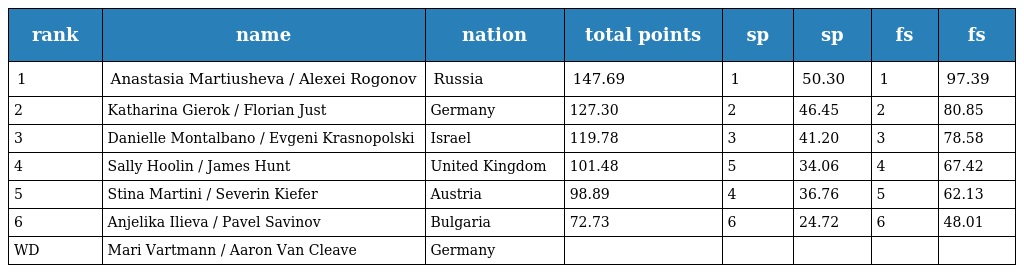
| rank | name | nation | total points | sp | sp | fs | fs |
 | --- | --- | --- | --- | --- | --- | --- | --- |
 | 1 | Anastasia Martiusheva / Alexei Rogonov | Russia | 147.69 | 1 | 50.30 | 1 | 97.39 |
 | 2 | Katharina Gierok / Florian Just | Germany | 127.30 | 2 | 46.45 | 2 | 80.85 |
 | 3 | Danielle Montalbano / Evgeni Krasnopolski | Israel | 119.78 | 3 | 41.20 | 3 | 78.58 |
 | 4 | Sally Hoolin / James Hunt | United Kingdom | 101.48 | 5 | 34.06 | 4 | 67.42 |
 | 5 | Stina Martini / Severin Kiefer | Austria | 98.89 | 4 | 36.76 | 5 | 62.13 |
 | 6 | Anjelika Ilieva / Pavel Savinov | Bulgaria | 72.73 | 6 | 24.72 | 6 | 48.01 |
 | WD | Mari Vartmann / Aaron Van Cleave | Germany |  |  |  |  |  |